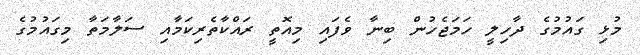
މުޅި ގައުމުގެ ދާހިލީ ހަމަޖެހުން ބިނާ ވެފައި މިއޮތީ ރައްކާތެރިކަމާއި ސަލާމަތާ މިގައުމުގެ